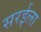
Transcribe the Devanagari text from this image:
सरईला